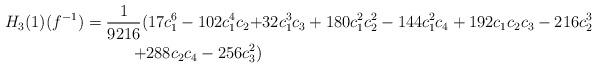
LaTeX: \begin{align*} H_3(1)(f^{-1})=\frac{1}{9216}(17c_1^6-102c_1^4c_2+&32c_1^3c_3+180c_1^2c_2^2-144c_1^2c_4+192c_1c_2c_3-216c_2^3\quad\quad\quad&\\+288c_2c_4-256c_3^2)\end{align*}